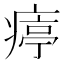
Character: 𤸥